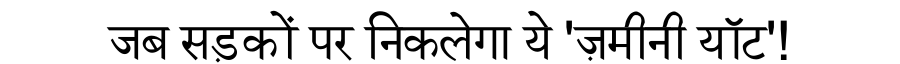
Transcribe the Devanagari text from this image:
जब सड़कों पर निकलेगा ये 'ज़मीनी यॉट'!